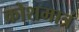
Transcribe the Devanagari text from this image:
क्रोशमात्रं